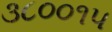
૩૮૦૦૧૫